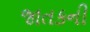
જાતકની